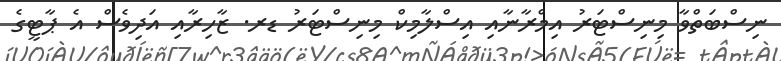
ނިސްބަތްވާ މިނިސްޓަރު އިމްރާނާއި އިސްލާމިކް މިނިސްޓަރު ޑރ. ޒާހިރާއި އަދިވެސް އެ ޕާޓީގެ